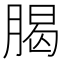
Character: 𦝲